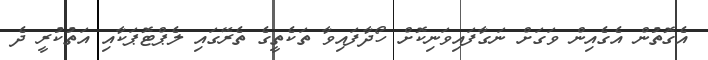
އެގޮތުން އެގެއިން ވަގަށް ނަގާފައިވަނިކޮށް ހޯދާފައިވާ ތަކެތީގެ ތެރޭގައި ލެޕްޓޮޕަކާއި އަތުކުރީ ދެ